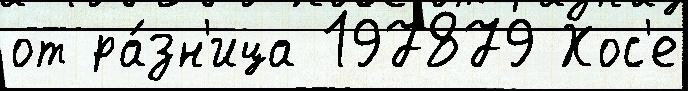
от ра́зн'ица 197879 Хос'е